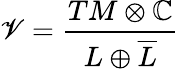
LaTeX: \mathscr{V}={\frac{{TM\otimes\mathbb{{C}}}}{{L\oplus{\overline{{{L}}}}}}}